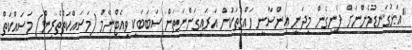
"އަޅުގަނޑުމެންނަށް ފެނިގެން މިދަނީ އިންސާނީ ހައްގުތަކަށް އަރައިގަންނަތަން ސަބަބަކީ ވިއެޓްނާމް (މަސައްކަތްތެރިން) މަސައްކަތް